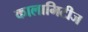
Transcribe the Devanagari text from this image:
कालामिटीज